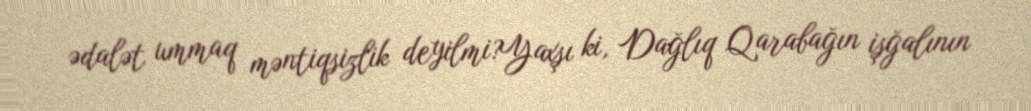
ədalət ummaq məntiqsizlik deyilmi?Yaxşı ki, Dağlıq Qarabağın işğalının